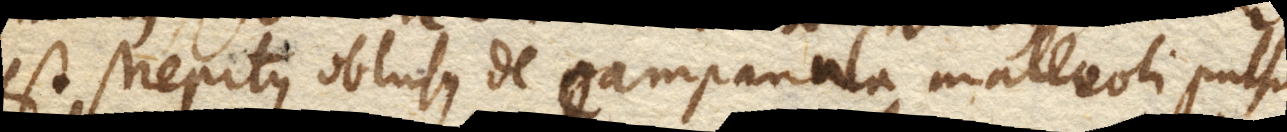
est strepitus obtusus de campanula malleoli pulsu